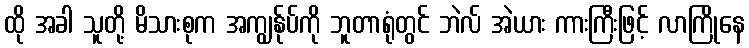
ထို အခါ သူတို့ မိသားစုက အကျွန်ုပ်ကို ဘူတာရုံတွင် ဘဲလ် အဲယား ကားကြီးဖြင့် လာကြိုနေ